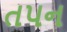
તપન